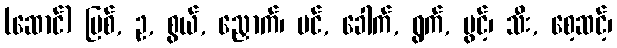
(ဆောင်) မြစ်, ဥ, စွယ်, ညှောက်၊ ပင်, ခေါက်, ရွက်, ပွင့်၊ သီး, စေ့ဆင့်၊